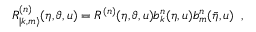
R _ { | k , m \rangle } ^ { ( n ) } ( \eta , \vartheta , u ) = R ^ { ( n ) } ( \eta , \vartheta , u ) b _ { k } ^ { n } ( \eta , u ) b _ { m } ^ { n } ( \bar { \eta } , u ) \, \, \, ,